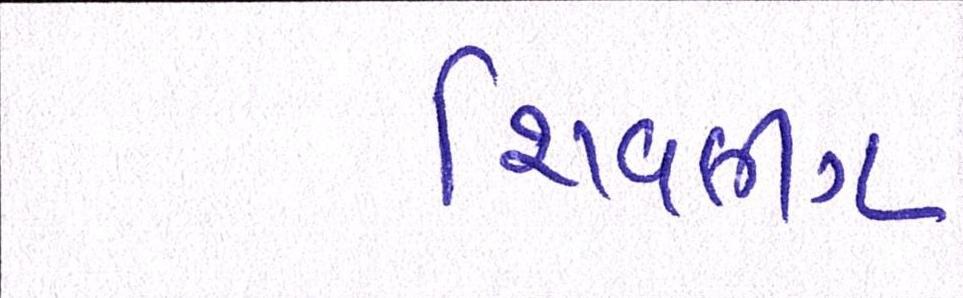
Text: શિવલીંગ